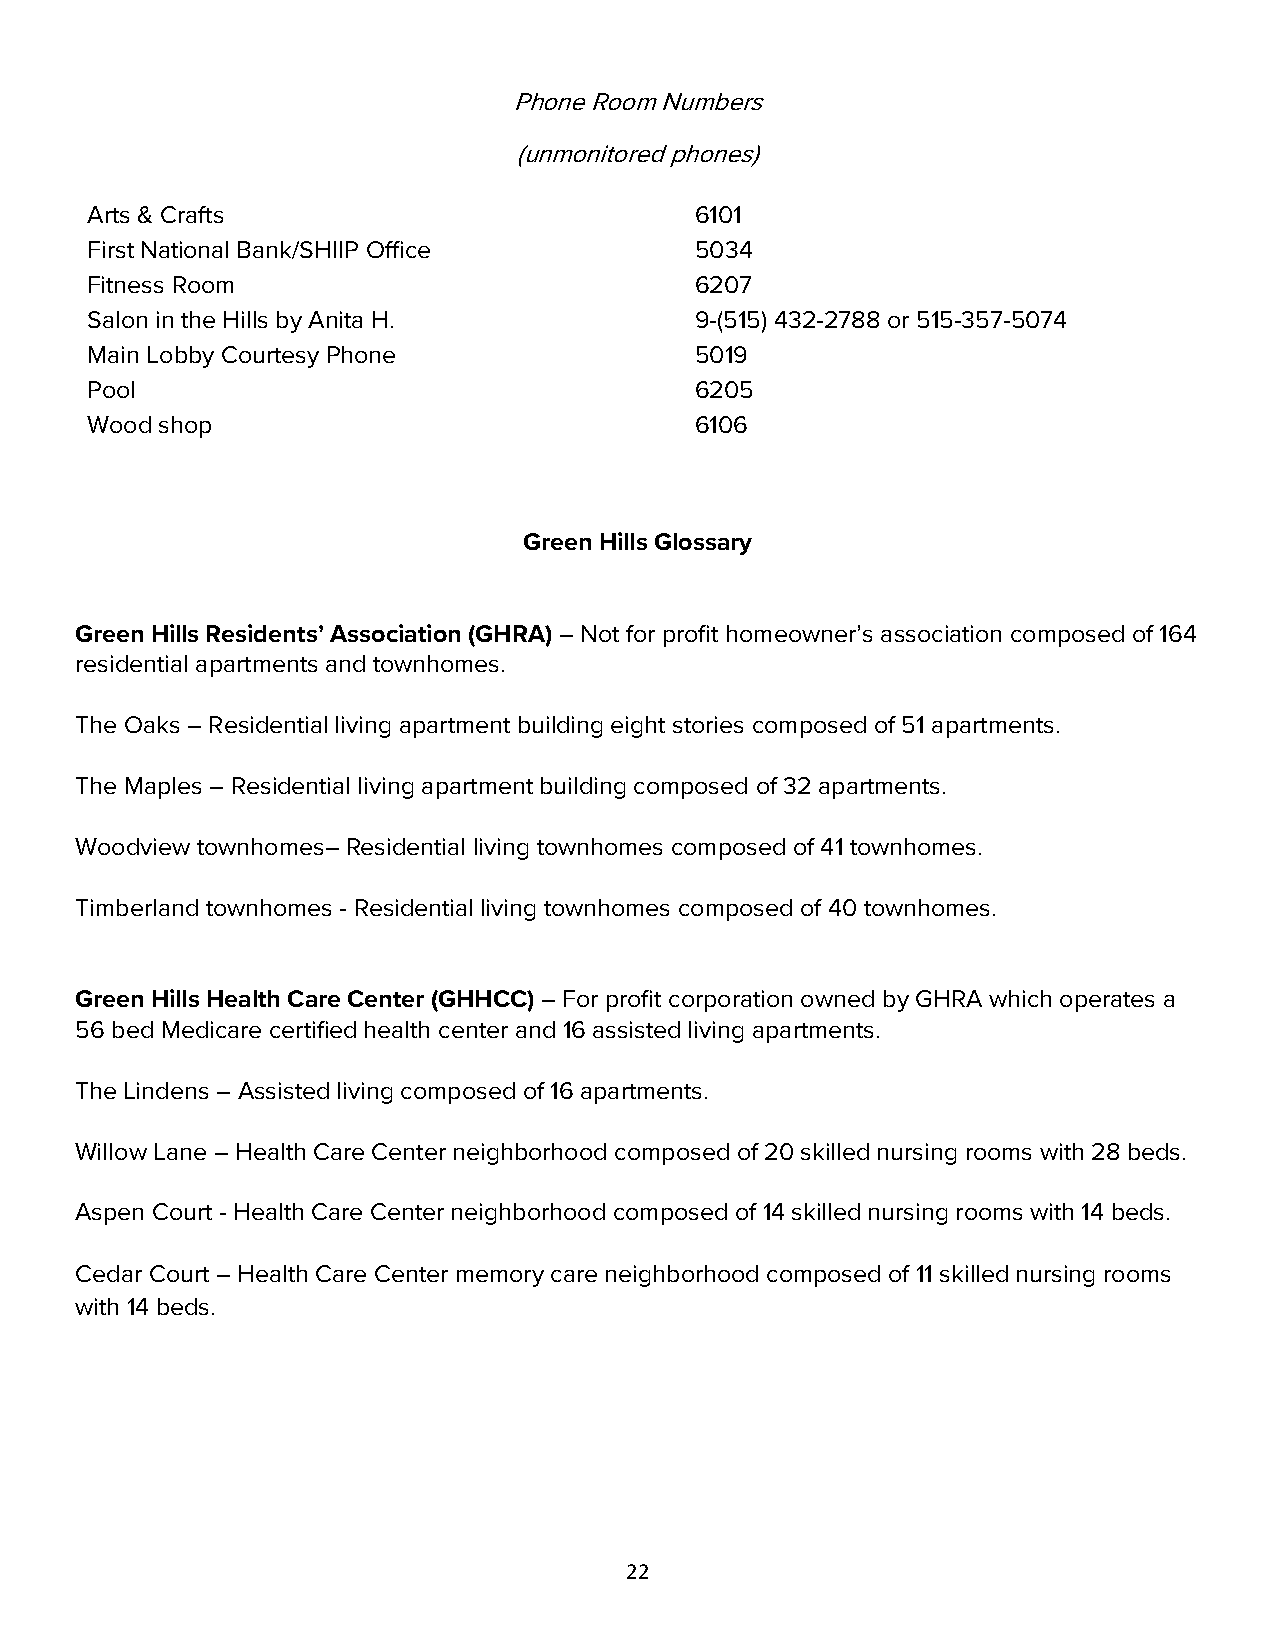
Phone Room Numbers
 (unmonitored phones)
 Arts & Crafts                           6101
 First National Bank/SHIIP Office        5034
 Fitness Room                            6207
 Salon in the Hills by Anita H.          9-(515) 432-2788 or 515-357-5074
 Main Lobby Courtesy Phone               5019
 Pool                                    6205
 Wood shop                               6106
 Green Hills Glossary
 Green Hills Residents’ Association (GHRA) – Not for profit homeowner’s association composed of 164
 residential apartments and townhomes.
 The Oaks – Residential living apartment building eight stories composed of 51 apartments.
 The Maples – Residential living apartment building composed of 32 apartments.
 Woodview townhomes– Residential living townhomes composed of 41 townhomes.
 Timberland townhomes - Residential living townhomes composed of 40 townhomes.
 Green Hills Health Care Center (GHHCC) – For profit corporation owned by GHRA which operates a
 56 bed Medicare certified health center and 16 assisted living apartments.
 The Lindens – Assisted living composed of 16 apartments.
 Willow Lane – Health Care Center neighborhood composed of 20 skilled nursing rooms with 28 beds.
 Aspen Court - Health Care Center neighborhood composed of 14 skilled nursing rooms with 14 beds.
 Cedar Court – Health Care Center memory care neighborhood composed of 11 skilled nursing rooms
 with 14 beds.
 22